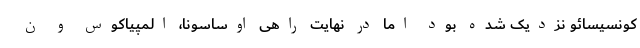
کونسیسائو نزدیک شده بود اما در نهایت راهی اوساسونا، المپیاکوس و ن